38_143685_box7_Incident_Summaries_1-100
Agency: Department of War
Page 18
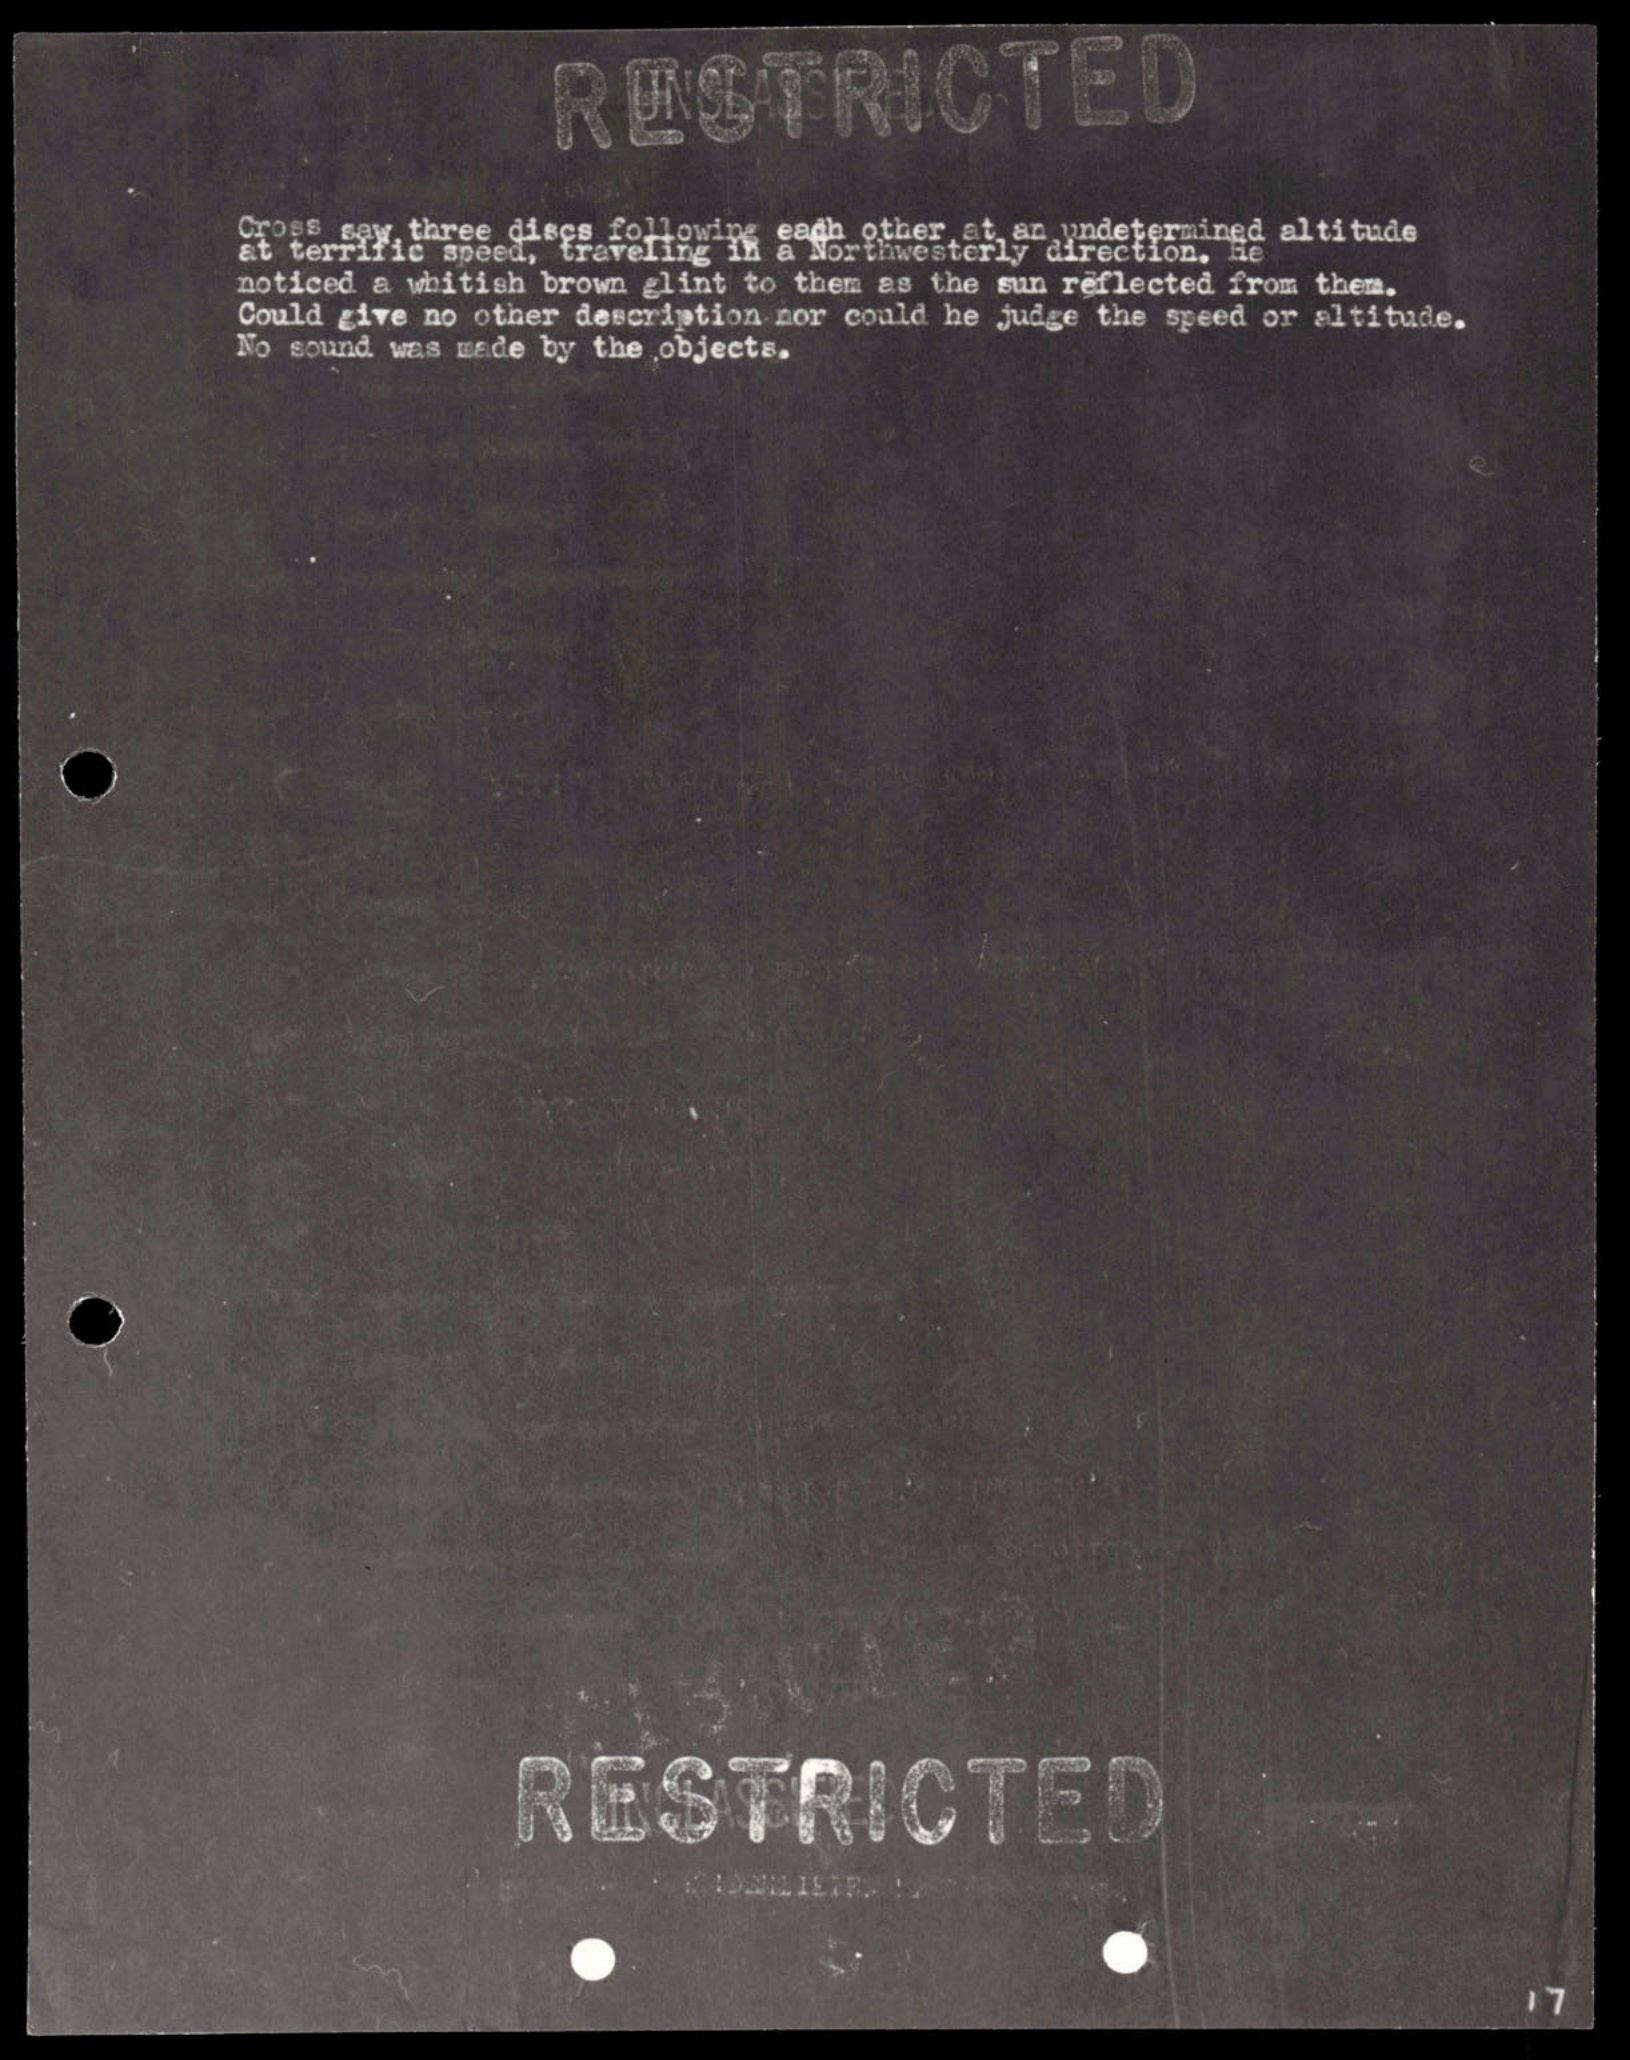